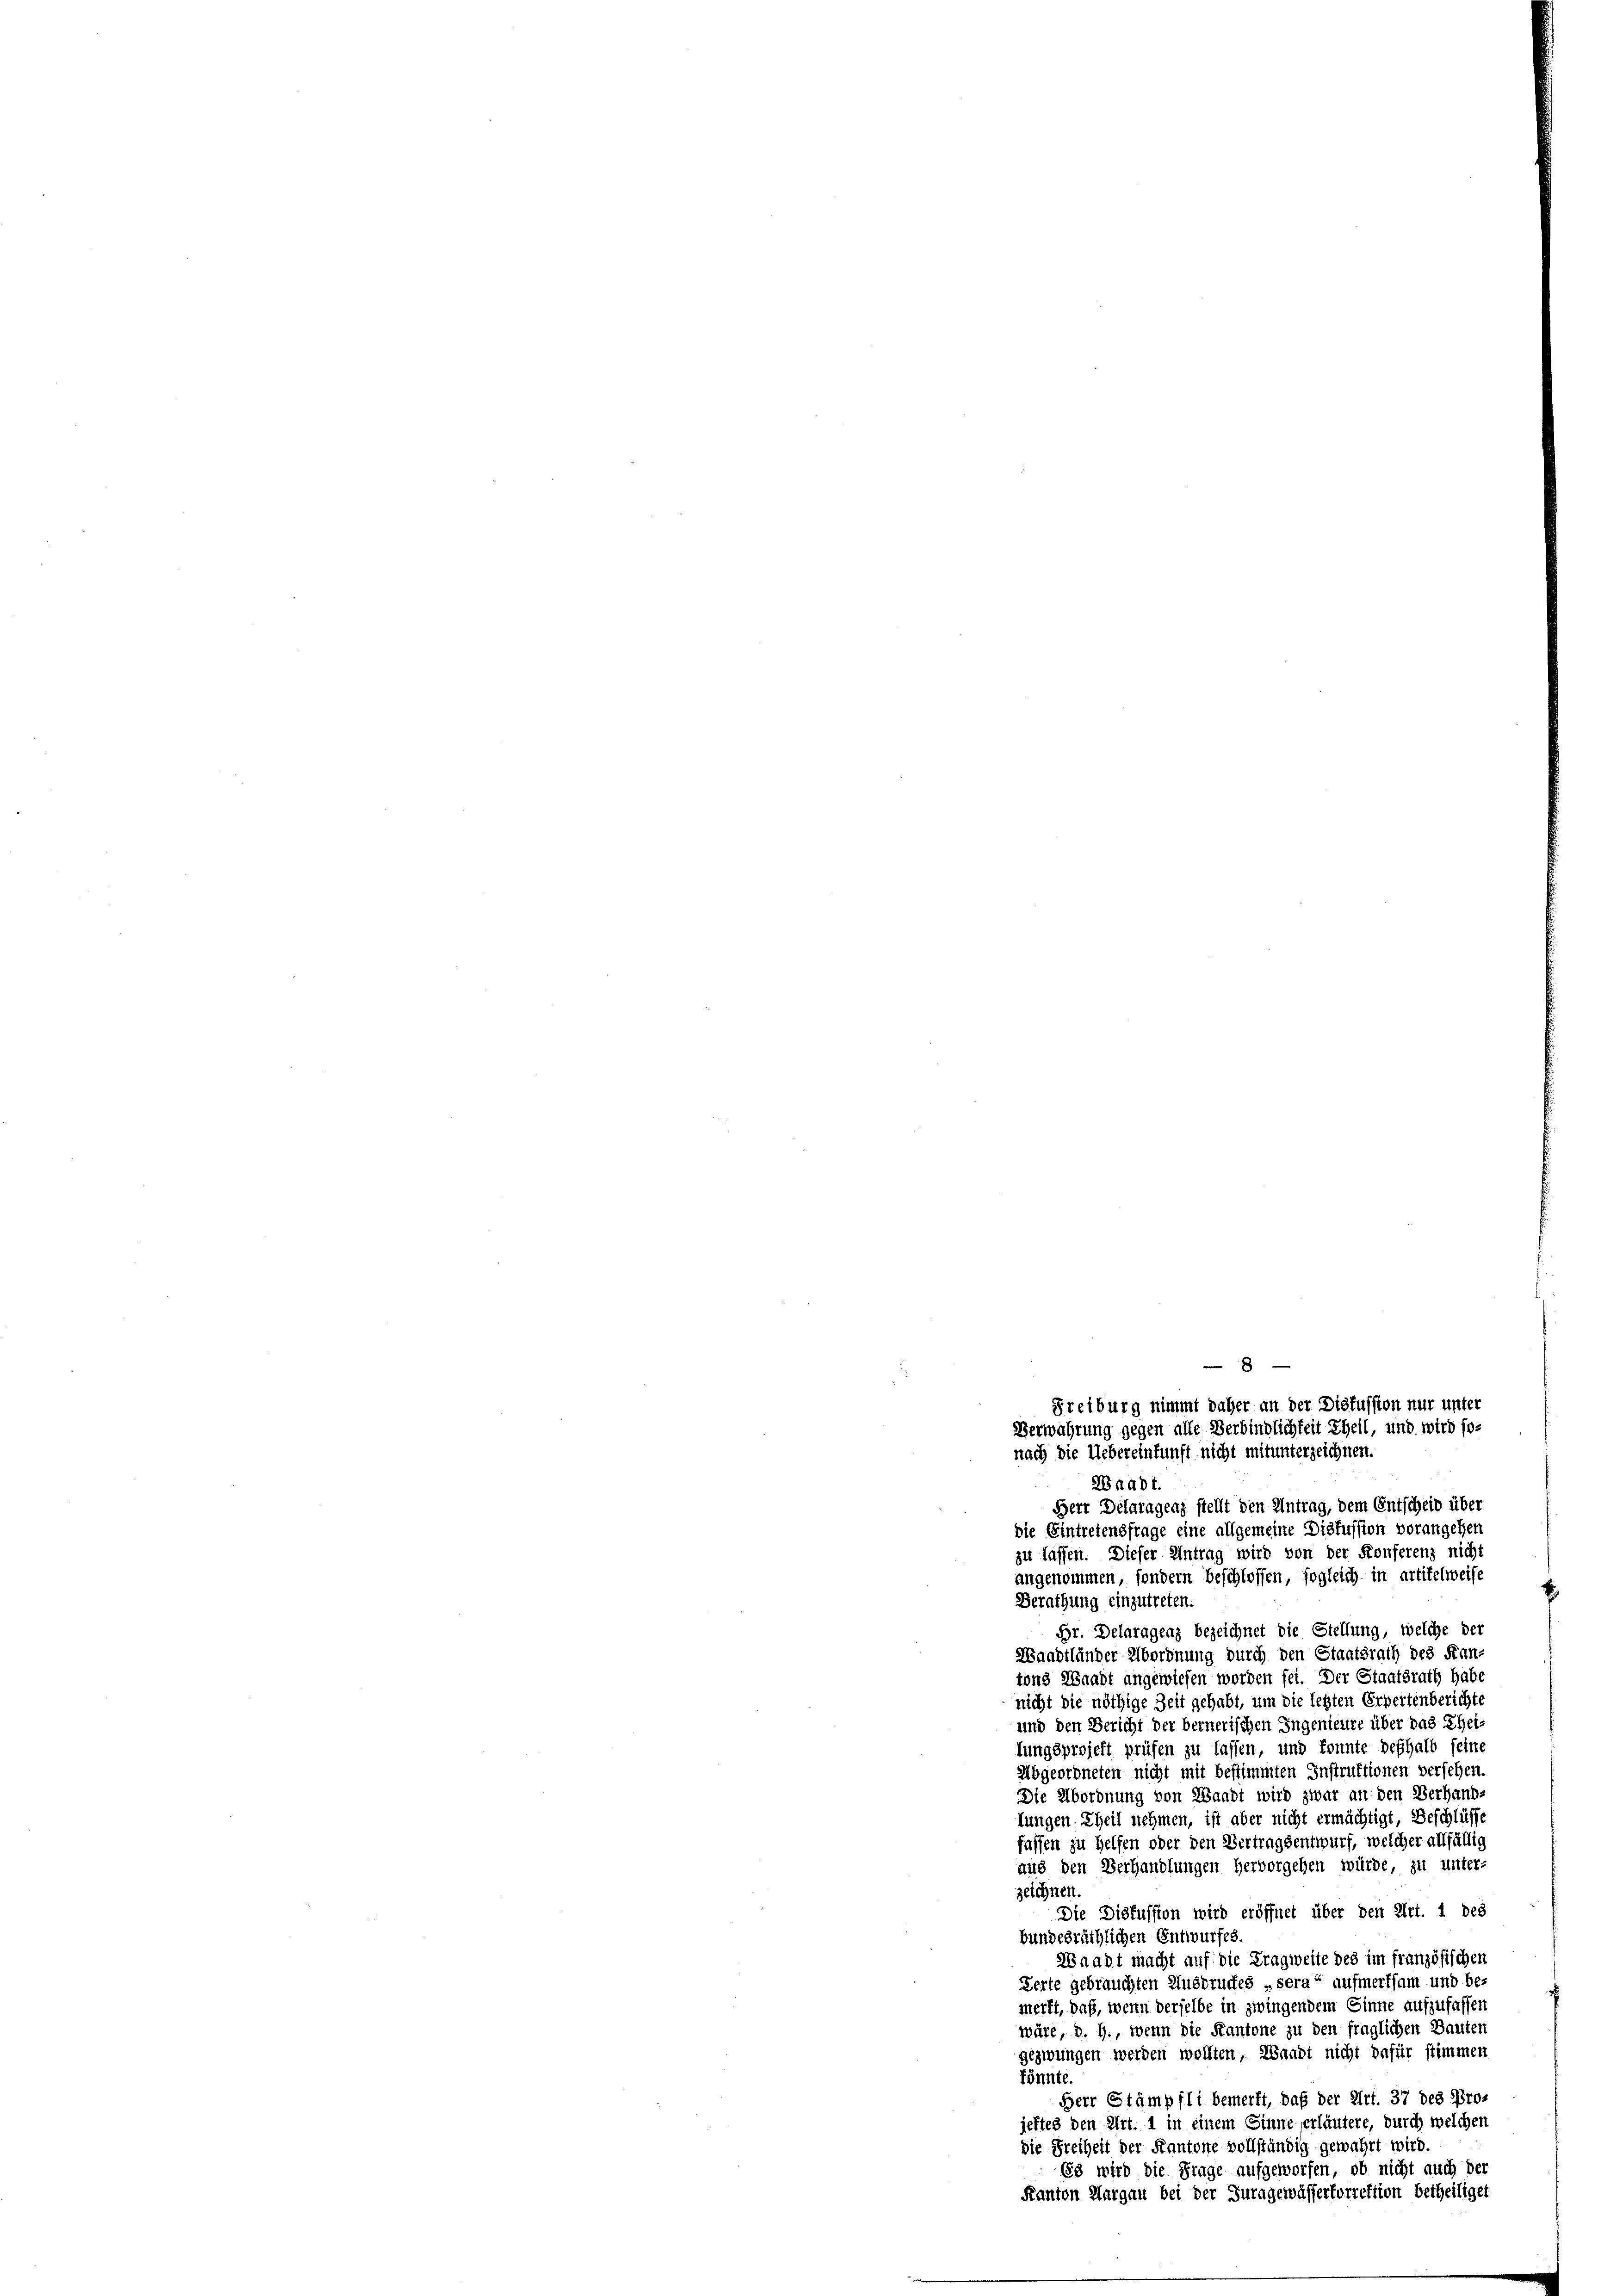
Freiburg nimmt daher an der Diskussion nur unter
Verwahrung gegen alle Verbindlichkeit Ehell, und wird so-
nach die Uebereinkunft nicht mitunterzeichnen.
Waadt.

Herr Delaragenz stellt den Antrag, dem Entscheid über
die Eintretensfrage eine allgemeine Diskussion vorangehen
zu lassen. Dieser Antrag wird von der Konferenz nicht
angenommen, sondern beschlossen, sogleich in artikelweise
.
Berathung einzutreten.
Br. Delaragenz bezeichnet die Stellung, welche der
Waadtländer Abordnung durch den Staatsrath des Kan-
tons Waadt angewiesen worden sei. Der Staatsrath habe
nicht die nöthige Zeit gehabt, um die legten Erpertenberichte
und den Bericht der bernerischen Ingenieure über das Theilungsprojekt prüfen zu lassen, und konnte deshalb sein
Abgeordneten nicht mit bestimmten Instruktionen versehen.
Die Abordnung von Waadt wird zwar an den Verhand-
lungen Theil nehmen, ist aber nicht ermächtigt, Beschlüsse
fassen zu helfen oder den Vertragsentwurf, welcher allfällig
aus den Verhandlungen hervorgehen würde, zu unter-
zeichnen.
Die Disfussion wird eröffnet über den Art. 1 des
bundesräthlichen Entwurfes.
Waadt macht auf die Tragweite des im französischen
Zerte gebrauchten Ausbruckes „sera“ aufmerksam und be-
merkt, daß, wenn derselbe in zwingendem Sinne aufzufasser
wäre, d. J., wenn die Kantone zu den fraglichen Bauten
gezwungen werden wollten, Waadt nicht dafür stimmen
könnte.
Herr Stämpfli bemerkt, daß der Art. 37 des Projeftes den Art. 1 in einem Sinne erläutere, durch welchen
die Freiheit der Kantone vollständig gewährt wird.
68 wird die Frage aufgeworfen, ob nicht auch der
Kanton Aargau bei der Juragewässerforrektion betheiliget